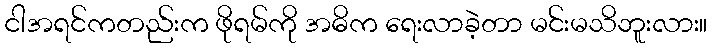
ငါအရင်ကတည်းက ဖိုရမ်ကို အဓိက ရေးလာခဲ့တာ မင်းမသိဘူးလား။